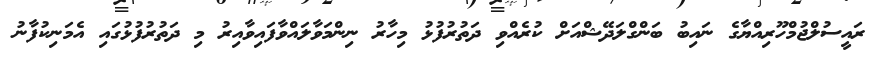
ރައީސުލްޖުމްހޫރިއްޔާގެ ނައިބު ބަންގްލަދޭޝްއަށް ކުރެއްވި ދަތުރުފުޅު މިހާރު ނިންމަވާލައްވާފައިވާއިރު މި ދަތުރުފުޅުގައި އެމަނިކުފާނު